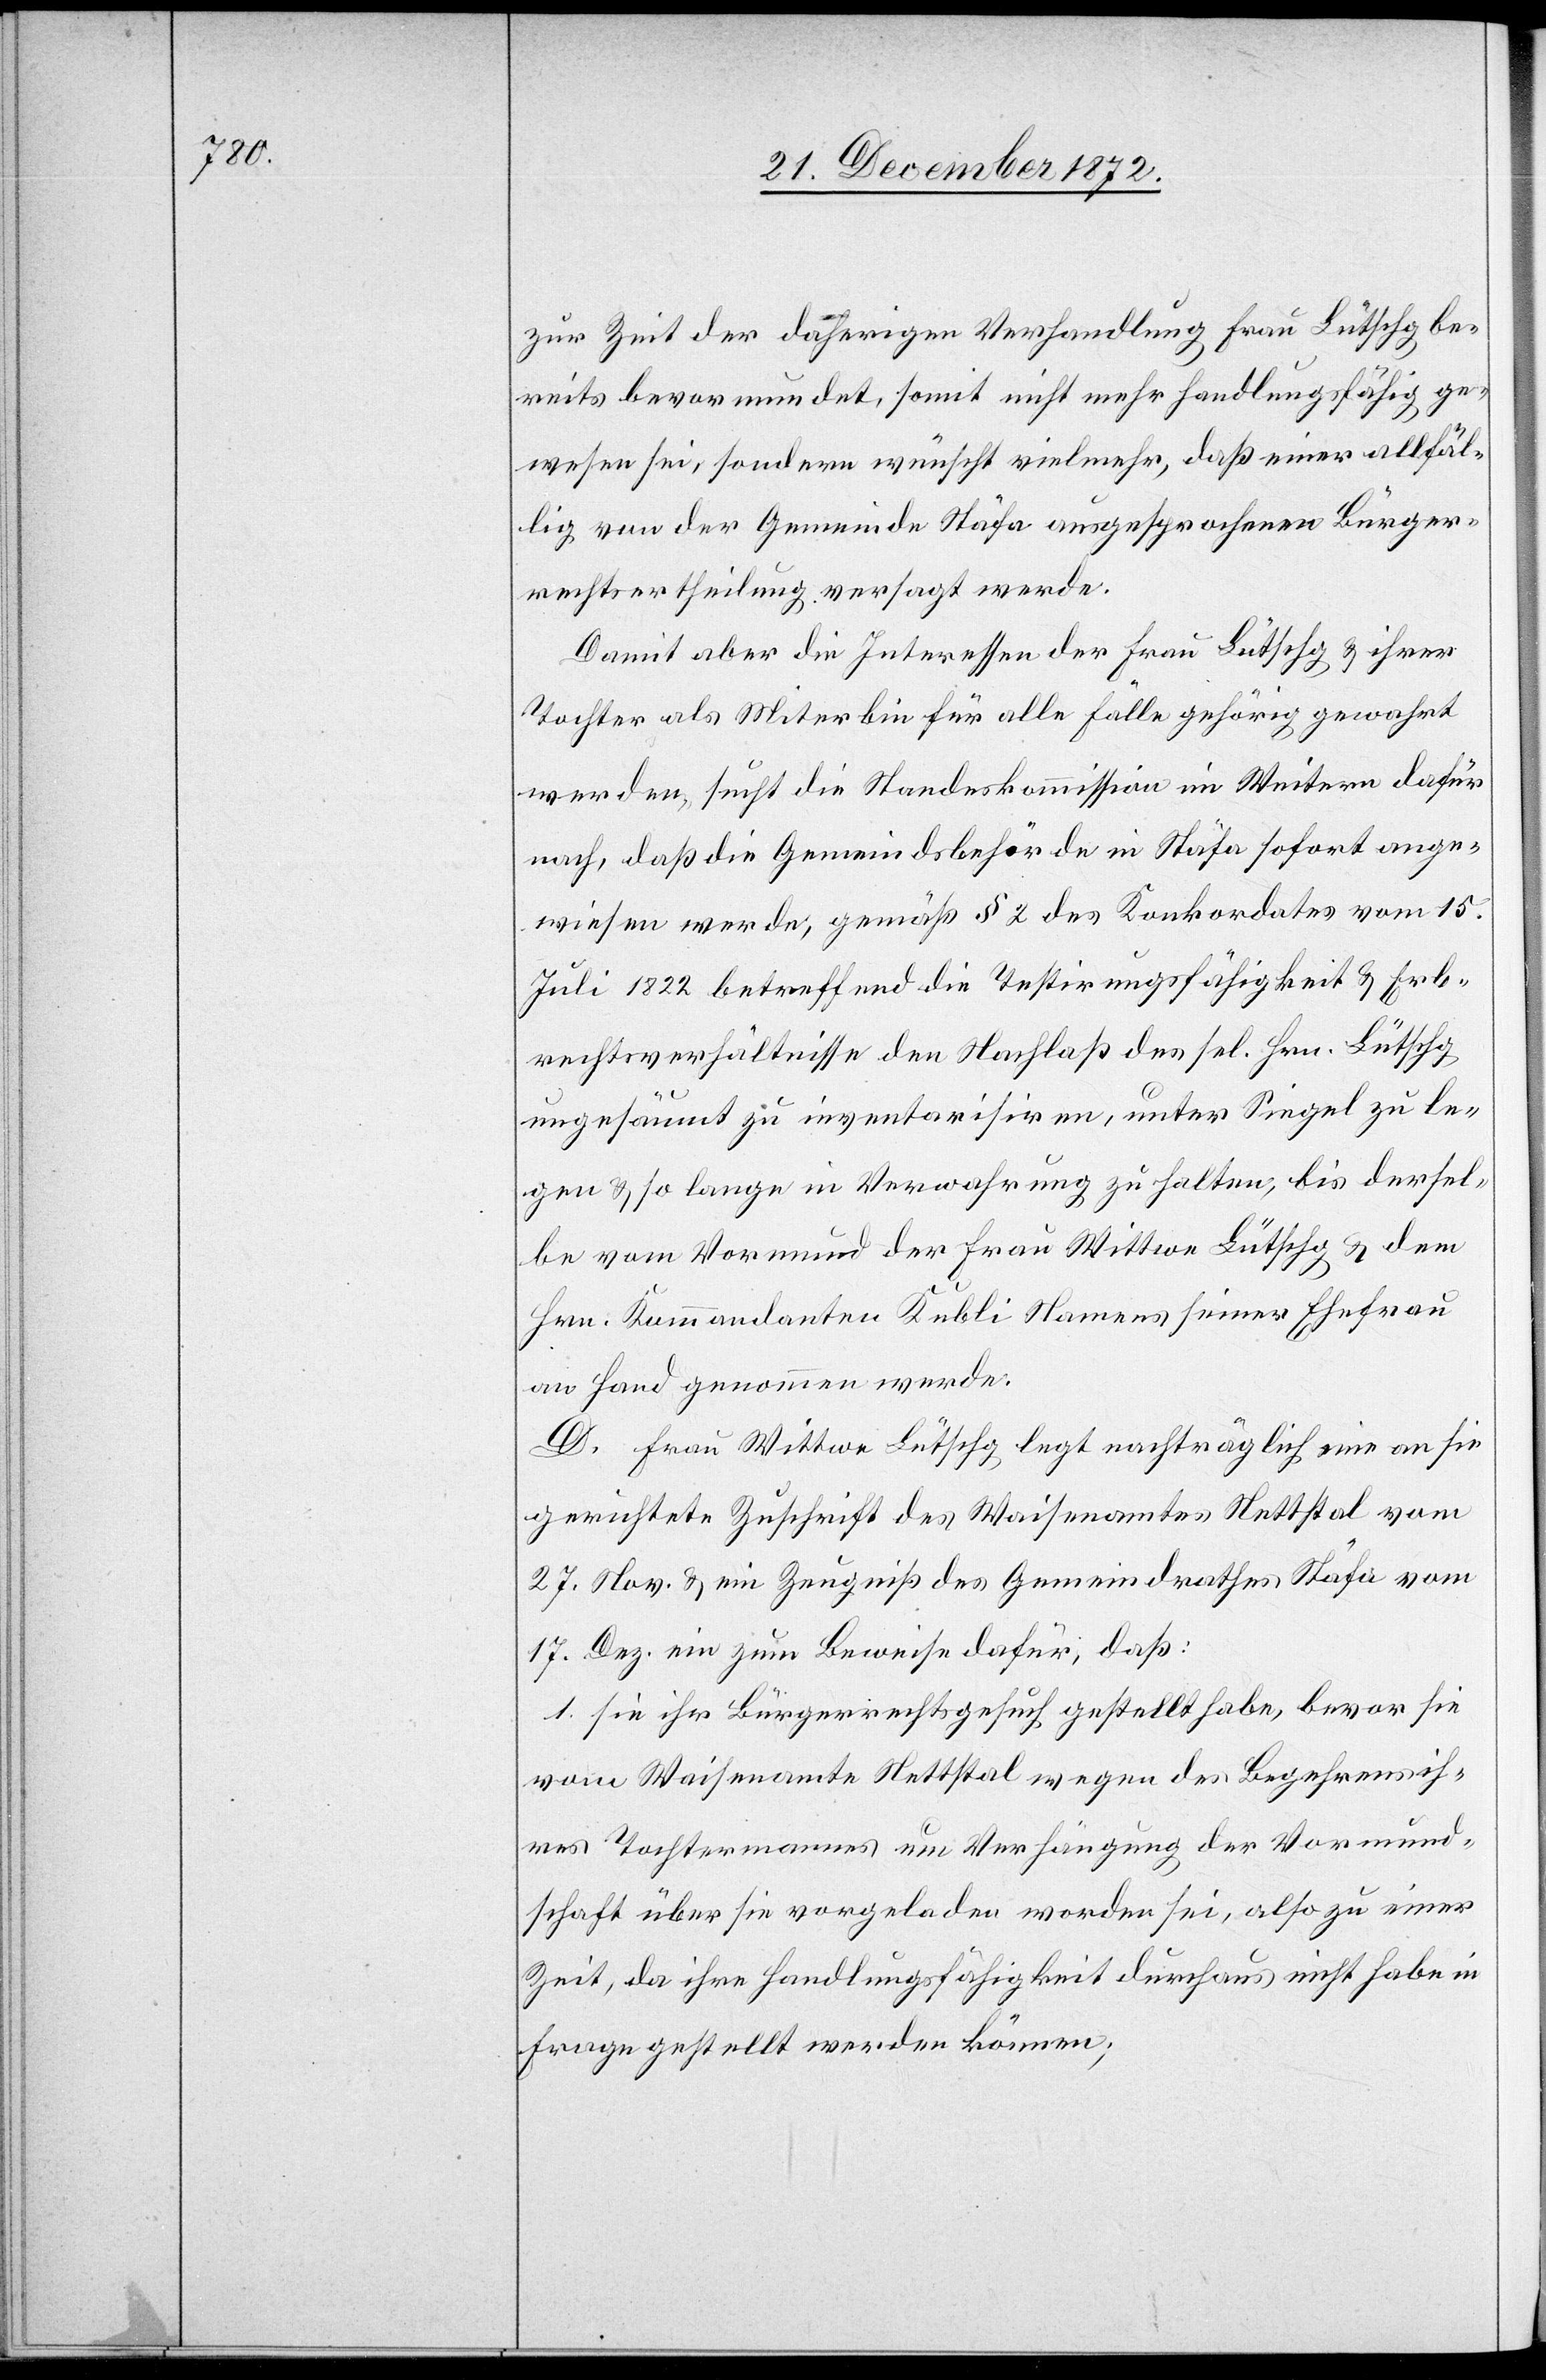
zur Zeit der daherigen Verhandlung Frau Lütschg be¬
reits bevormundet, somit nicht mehr handlungsfähig ge¬
wesen sei, sondern wünscht vielmehr, daß einer allfäl¬
lig von der Gemeinde Stäfa ausgesprochenen Bürger¬
rechtsertheilung versagt werde.
Damit aber die Interessen der Frau Lütschg u. ihrer
Tochter als Miterbin für alle Fälle gehörig gewahrt
werden, sucht die Standeskommission im Weitern dafür
nach, daß die Gemeindsbehörde in Stäfa sofort ange¬
wiesen werde, gemäß § 2 des Konkordates vom 15.
Juli 1822 betreffend die Testirungsfähigkeit u. Erb¬
rechtsverhältnisse den Nachlaß des sel. Hrn. Lütschg
ungesäumt zu inventarisiren, unter Siegel zu le¬
gen u. so lange in Verwahrung zu halten, bis dersel¬
be vom Vormund der Frau Wittwe Lütschg u. dem
Hrn. Kommandanten Kubli Namens seiner Ehefrau
an Hand genommen werde.
D. Frau Wittwe Lütschg legt nachträglich eine an sie
gerichtete Zuschrift des Waisenamtes Nettstal vom
27. Nov. u. ein Zeugniß des Gemeindrathes Stäfa vom
17. Dez. ein zum Beweise dafür, daß:
1. sie ihr Bürgerrechtsgesuch gestellt habe, bevor sie
vom Waisenamte Nettstal wegen des Begehrens ih¬
res Tochtermannes um Verhängung der Vormund¬
schaft über sie vorgeladen worden sei, also zu einer
Zeit, da ihre Handlungsfähigkeit durchaus nicht habe in
Frage gestellt werden können;